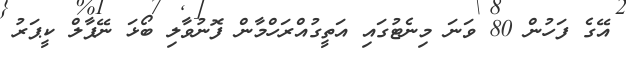
އޭގެ ފަހުން 80 ވަނަ މިނެޓުގައި އަތީގުއްރަހްމާން ފޮނުވާލި ބޯޅަ ނޭޕާލް ކީޕަރު